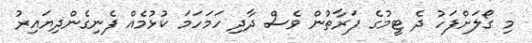
މި ގޯލަށްފަހު ދެ ޓީމުގެ ފަރާތުން ވެސް ދާދި ހަމަހަމަ ކުޅުމެއް ފެނިގެންދިޔައިރު